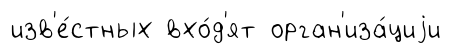
изв'е́стных вхо́д'ят орган'иза́циjи